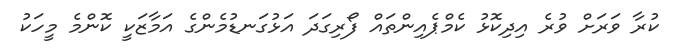
ކުރާ ވަރަށް ވުރެ އިދިކޮޅު ކެމްޕެއިންތައް ފޯރިގަދަ އަޅުގަނޑުމެންގެ އަމާޒަކީ ކޮންމެ މީހަކު